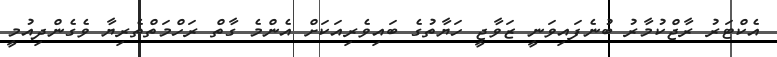
އެކްޓަރު ރާޖްކުމާރު ބުނެފައިވަނީ ޒަވާޖީ ހަޔާތުގެ ބައިވެރިއަކަށް އެންމެ ގާތް ރަހްމަތްތެރިޔާ ވެގެންދިއުމީ